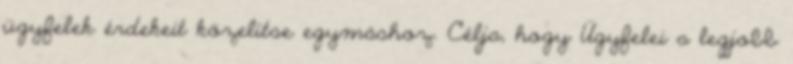
ügyfelek érdekeit közelítse egymáshoz. Célja, hogy Ügyfelei a legjobb